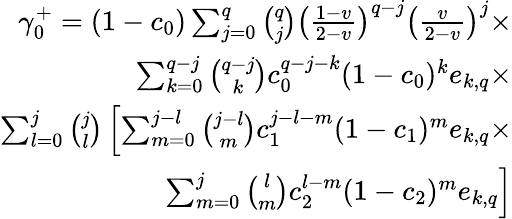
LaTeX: \begin{array}{r}{\gamma_{0}^{+}=(1-c_{0})\sum_{j=0}^{q}{\binom{q}{j}}\left(\frac{1-v}{2-v}\right)^{q-j}\left(\frac{v}{2-v}\right)^{j}\times}\\ {\sum_{k=0}^{q-j}{\binom{q-j}{k}}c_{0}^{q-j-k}(1-c_{0})^{k}e_{k,q}\times}\\ {\sum_{l=0}^{j}{\binom{j}{l}}\left[\sum_{m=0}^{j-l}{\binom{j-l}{m}}c_{1}^{j-l-m}(1-c_{1})^{m}e_{k,q}\right.\times}\\ {\left.\sum_{m=0}^{j}{\binom{l}{m}}c_{2}^{l-m}(1-c_{2})^{m}e_{k,q}\right]}\end{array}